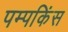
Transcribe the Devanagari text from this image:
पम्पकिंस